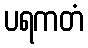
ပရကတံ